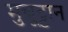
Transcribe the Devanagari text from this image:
मुन्नूट्टान